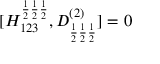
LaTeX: [ H _ { 1 2 3 } ^ { \frac { 1 } { 2 } \frac { 1 } { 2 } \frac { 1 } { 2 } } , D _ { \frac { 1 } { 2 } \frac { 1 } { 2 } \frac { 1 } { 2 } } ^ { ( 2 ) } ] = 0